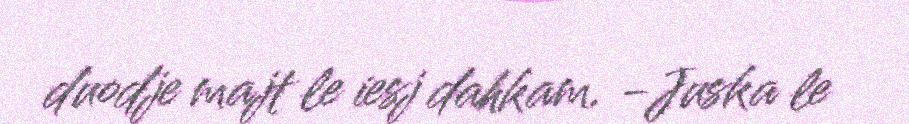
duodje majt le iesj dahkam. -Juska le